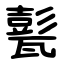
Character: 甏